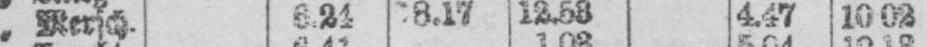
„ Mersch. 6.21 8.17 12.58 4.47 10.02